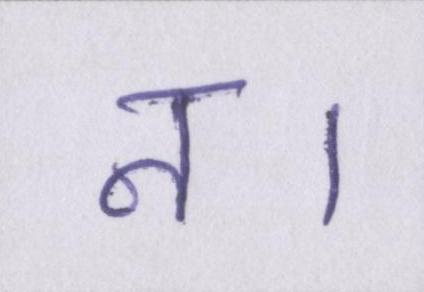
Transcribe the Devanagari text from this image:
न।